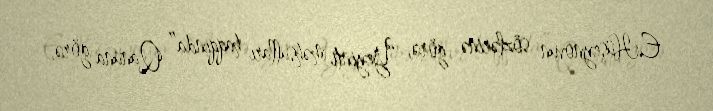
E.Hüseynovun sözlərinə görə, “Yeyinti məhsulları haqqında” Qanuna görə,